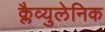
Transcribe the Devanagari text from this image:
क्लैव्युलेनिक